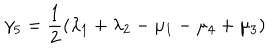
\gamma _ { 5 } = \frac { 1 } { 2 } ( \lambda _ { 1 } + \lambda _ { 2 } - \mu _ { 1 } - \mu _ { 4 } + \mu _ { 3 } )